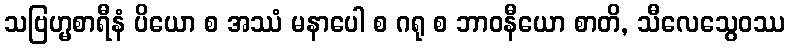
သဗြဟ္မစာရီနံ ပိယော စ အဿံ မနာပေါ စ ဂရု စ ဘာဝနီယော စာတိ, သီလေသွေဝဿ